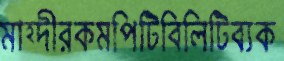
মাহ্দীরকমপিটিবিলিটিব্যক